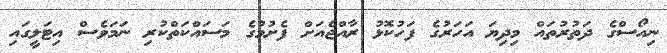
ނިއޯސްގެ ދަތުރުތައް މިދިޔަ އަހަރުގެ ފަހުކޮޅު ރާއްޖެއަށް ފެށުމުގެ މަސައްކަތްކުރި ނަމަވެސް އިޓަލީގައި